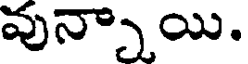
వున్నాయి.